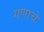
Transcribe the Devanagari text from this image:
गणाचे